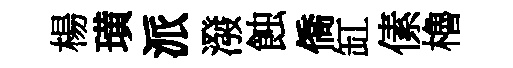
楊璜派潑蝕僑缸傃櫓